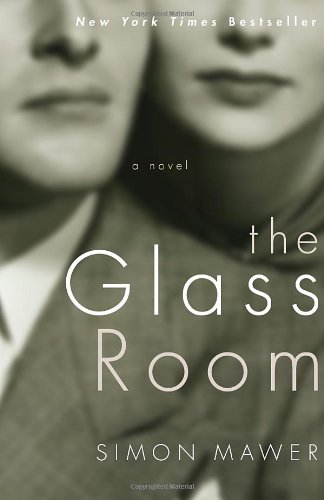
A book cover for The Glass Room; Simon Mawer; Literature & Fiction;